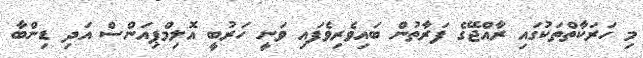
މި ހަރަކާތްތަކުގައި ރާއްޖޭގެ ފަރާތުން ބައިވެރިވެފައި ވަނީ ހަރުބީ އޮލިމްޕިއަންސް އަދި ޑިންބާ